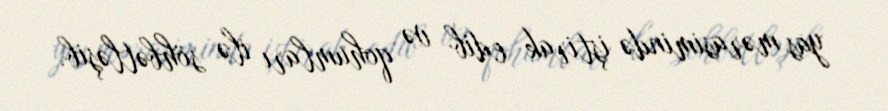
yas mərasimində iştirak edib və qohumları ilə söhbətləşib.